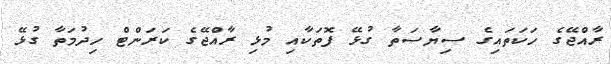
ރާއްޖޭގެ ހަކަތައިގެ ސިޔާސަތާ ގުޅޭ ފޮތަކާއި މުޅި ރާއްޖޭގެ ކަރަންޓް ހިދުމަތާ ގުޅޭ